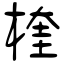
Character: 楏